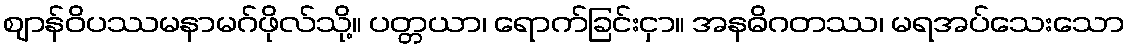
ဈာန်ဝိပဿမနာမဂ်ဖိုလ်သို့။ ပတ္တယာ၊ ရောက်ခြင်းငှာ။ အနဓိဂတဿ၊ မရအပ်သေးသော